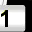
Digit: 1